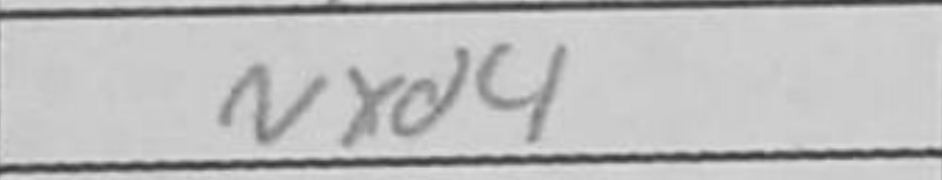
Transcription: Nxd4